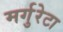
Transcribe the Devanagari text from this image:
मर्गुरेटा